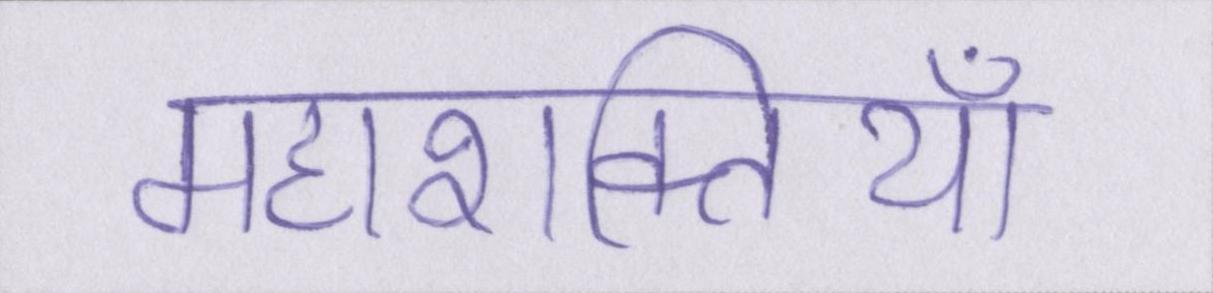
महाशक्तियां